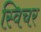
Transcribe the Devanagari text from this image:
स्विचर